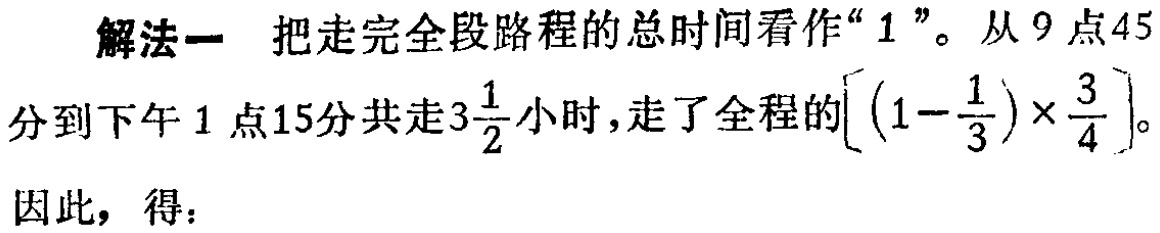
解法一 把走完全段路程的总时间看作“$1$”。从$9$点$45$分到下午$1$点$15$分共走$3\frac{1}{2}$小时，走了全程的$\left[\left(1 - \frac{1}{3}\right)\times\frac{3}{4}\right]$。

因此，得：